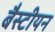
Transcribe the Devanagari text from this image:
बैस्टीयन